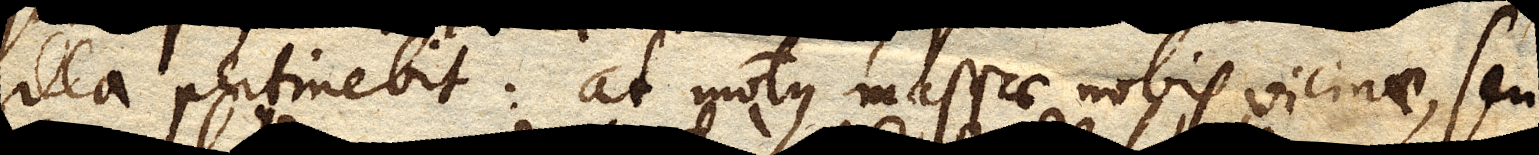
illa pertinebit: at motus massae nobis vicinae, seu